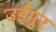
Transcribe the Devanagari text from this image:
उईगुर